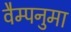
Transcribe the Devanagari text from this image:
वैम्पनुमा